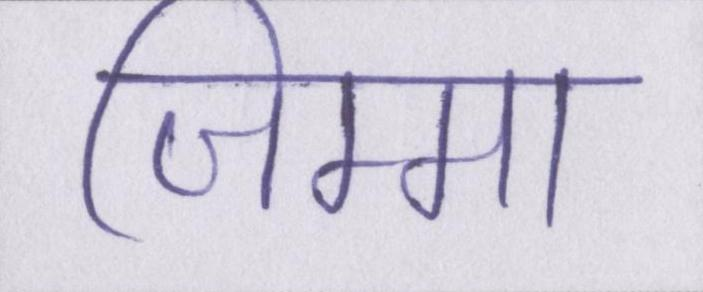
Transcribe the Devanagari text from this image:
जिम्मा